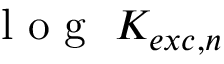
\mathrm { ~ l ~ o ~ g ~ } ~ K _ { e x c , n }